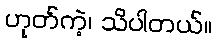
ဟုတ်ကဲ့၊ သိပါတယ်။